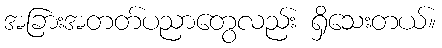
အခြားအတတ်ပညာတွေလည်း ရှိသေးတယ်။